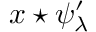
x \star \psi _ { \lambda } ^ { \prime }